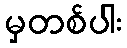
မှတစ်ပါး